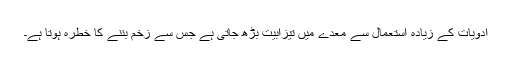
ادویات کے زیادہ استعمال سے معدے میں تیزابیت بڑھ جاتی ہے جس سے زخم بننے کا خطرہ ہوتا ہے۔